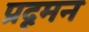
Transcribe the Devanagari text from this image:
प्रदूमन